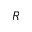
R